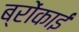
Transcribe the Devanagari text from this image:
ब्रोंकाई